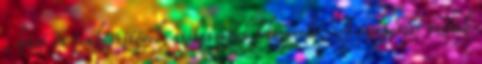
, kávé és teakészítővel, szobaszéffel felszerelt. A szuperior szobák